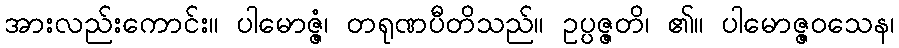
အားလည်းကောင်း။ ပါမောဇ္ဇံ၊ တရုဏပီတိသည်။ ဥပ္ပဇ္ဇတိ၊ ၏။ ပါမောဇ္ဇဝသေန၊